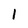
Character: I